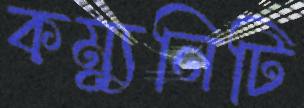
কম্যুনিটি